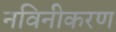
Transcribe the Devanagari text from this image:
नविनीकरण